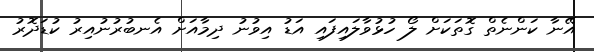
އޭނާ ކަންނެތް ގޮތަކަށް ލޯ ހުޅުވާލައިފައި އަޑު އިވުނު ދިމާއަށް އެނބުރުނުއިރު ކުޑަދޮރު